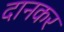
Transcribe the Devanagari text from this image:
दानकर